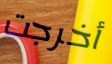
أخرجت